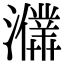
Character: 𤃙